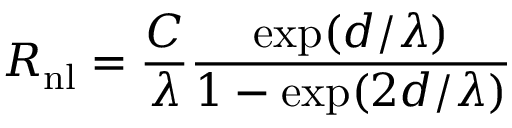
R _ { \mathrm { { n l } } } = \frac { C } { \lambda } \frac { \exp ( d / \lambda ) } { 1 - \exp ( 2 d / \lambda ) }